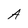
Character: A